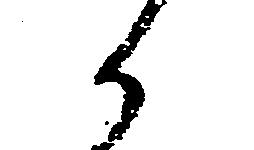
へ